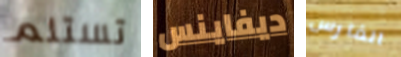
تستلم ديفاينس الفارس